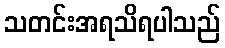
သတင်းအရသိရပါသည်